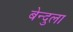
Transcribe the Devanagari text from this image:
बेन्दुला